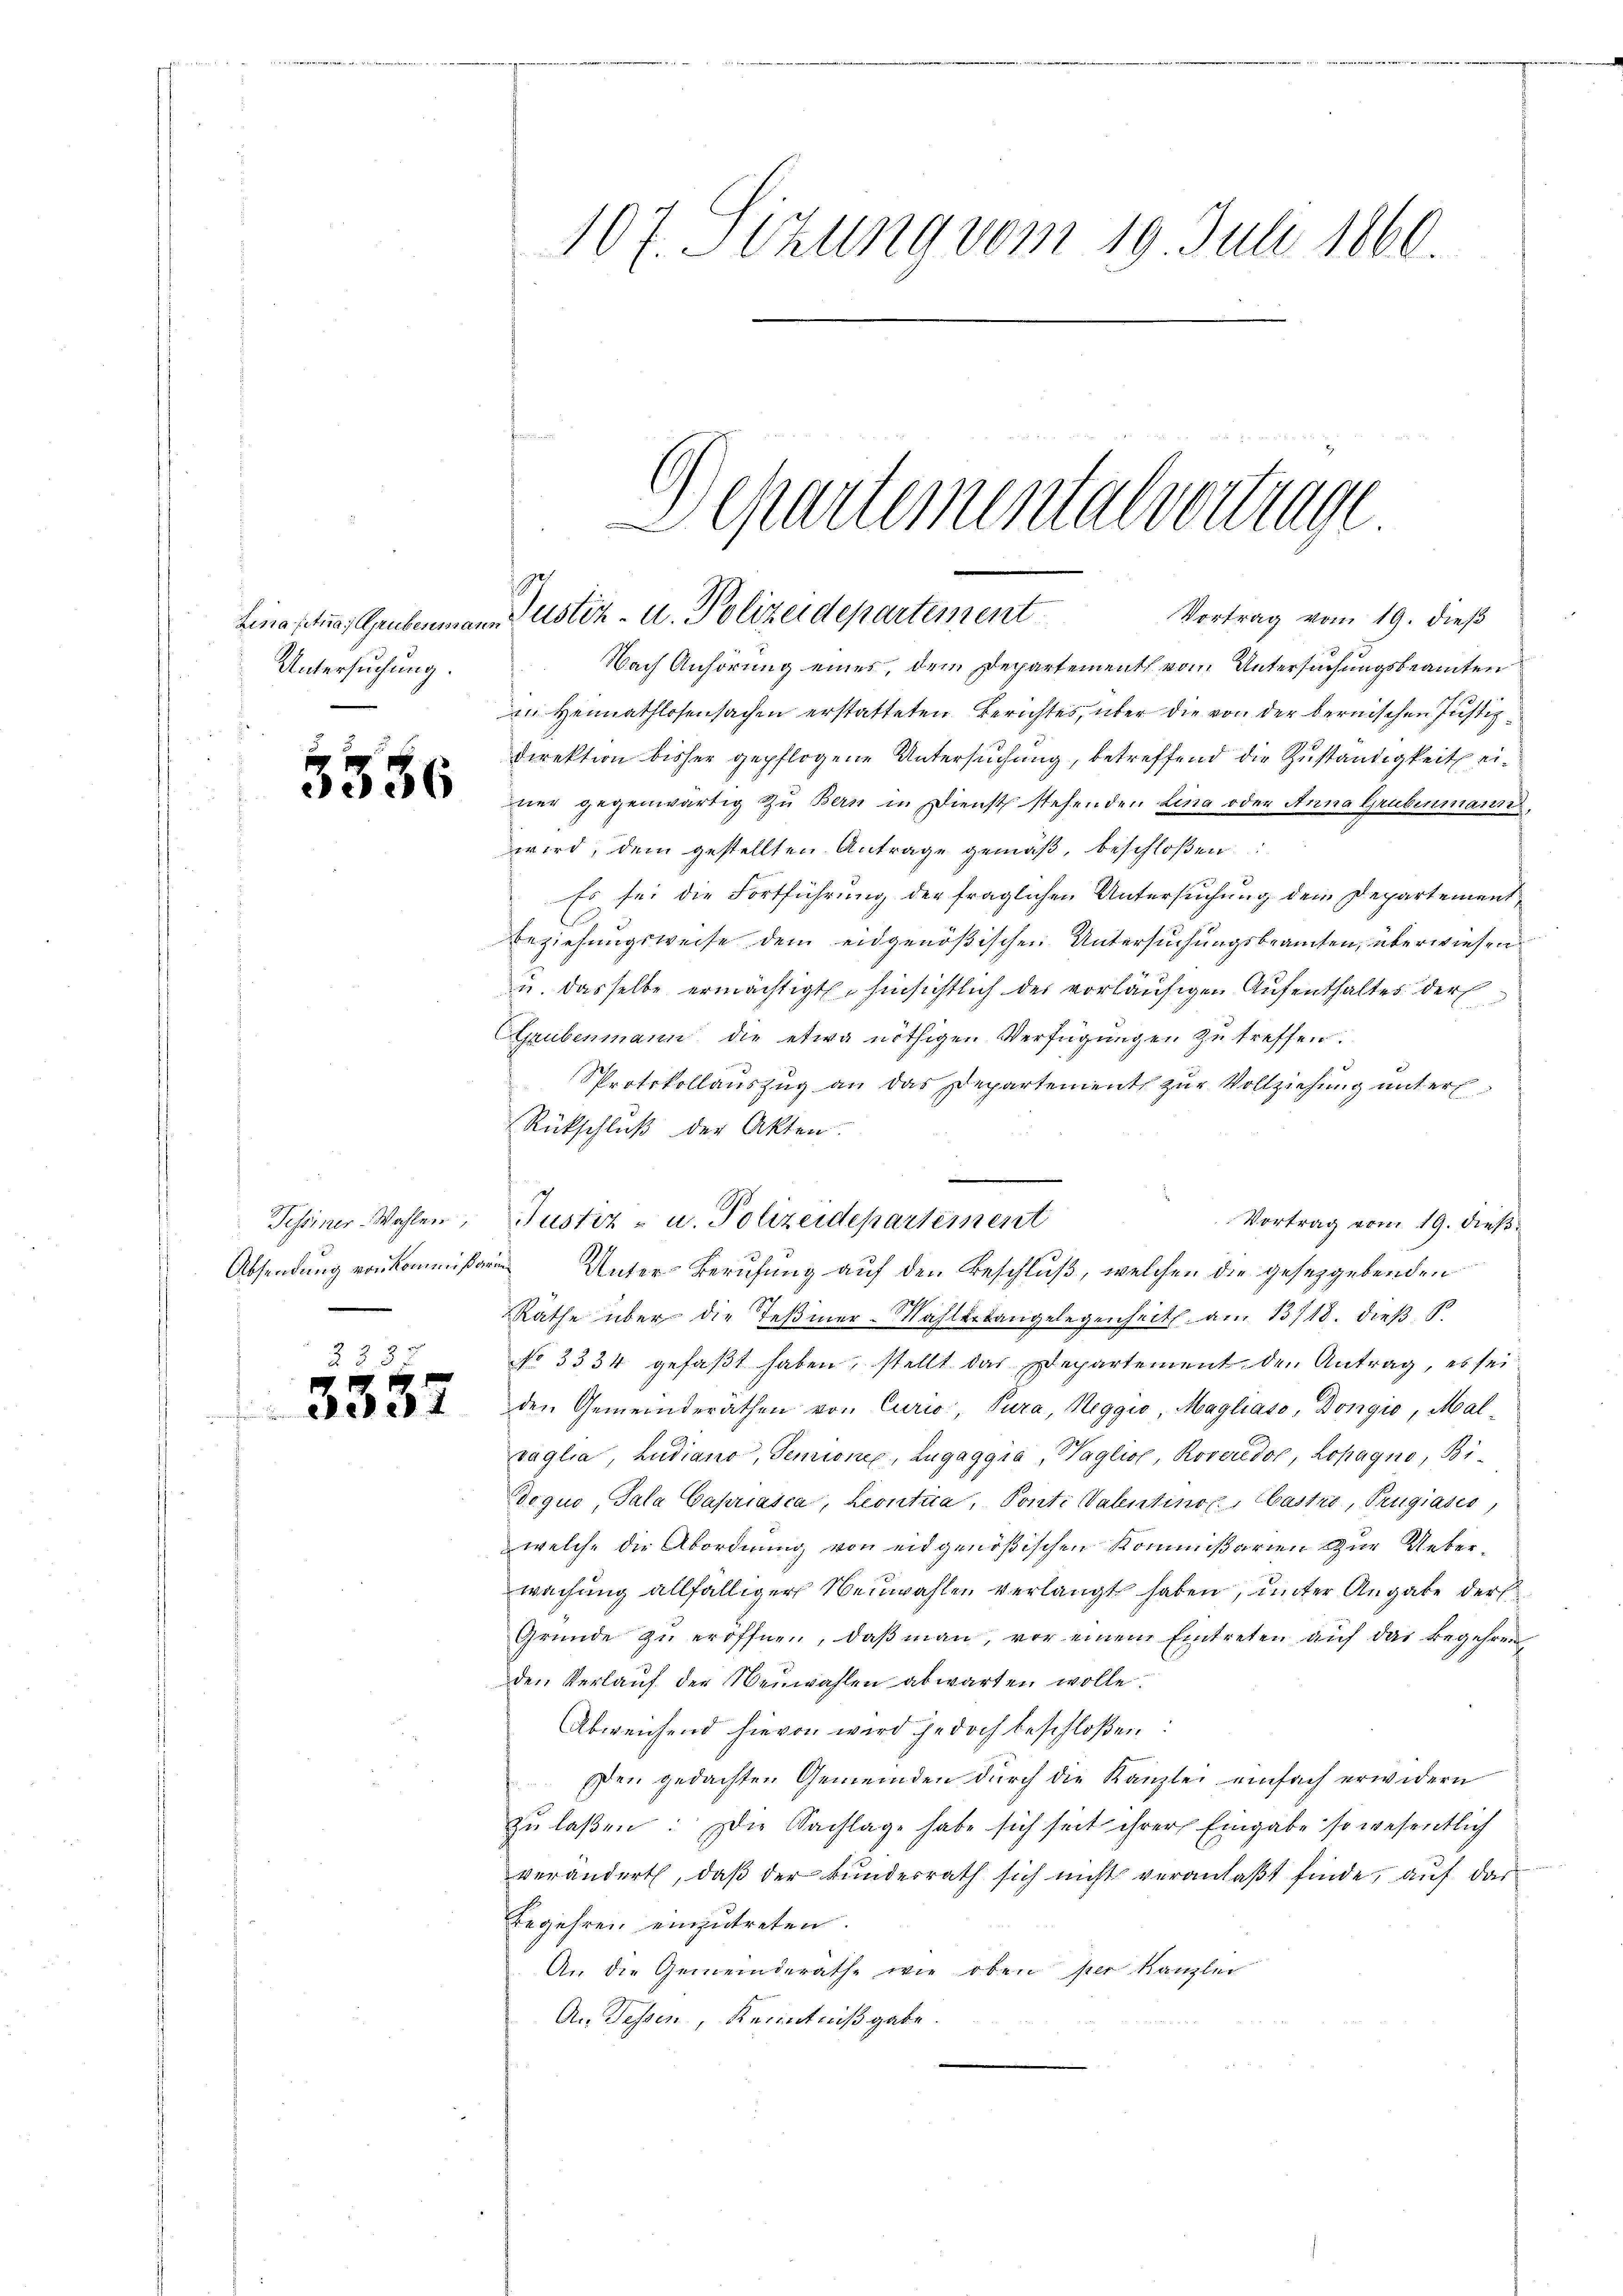
Untersuchung.

535

6

Tessiner Wahlen,

1
3087

Vortrag vom 19. dieß
Nach Anhörung eines, dem Departement vom Untersuchungsbeamten
in Heimathlosensachen erstatteten Berichtes, über die von der bernischen Justizdirektion bisher gepflogene Untersuchung, betreffend die Zuständigkeit einer gegenwärtig zu Bern in Dienst stehenden Lina oder Anna Grubenmann,
wird, dem gestellten Antrage gemäß, beschloßen:
Es sei die Fortführung der fraglichen Untersuchung dem Departement
Beziehungsweise dem eidgenößischen Untersuchungsbeamten, überwiesen
u. dasselbe ermächtigt. hinsichtlich des vorläufigen Aufenthaltes der
CGrubenmann die etwa nöthigen Verfügŭngen zŭ treffen.
Sprotokollauszug an das Departements zur Vollziehung unterl
Rückschluß der Akten.
Vortrag vom 19. dieß.
Justiz- u. Polizeidepartement
Absendung von kommißarin Unter-Berufung auf den Beschluß, welchen die gesetzgebenden
Rathe über die Teβmer-Mahlgetangelegenheit am 13/18. dieß S
No 3334 gefaβt haben, stellt das Departement den Antrag, es sei
den Gemeinderäthen von Curio, Pura, Heggio, Magliaso, Dongio, Mal-
raglia, Ludiano, Semine, Lugaggia, Waglich, Roveridor, Lopagno, Bi¬
Doquo, Sala Capriasca, Leontica, Ponti Valentinox Castro, Prugiases,
welche die Abordnung von eidgenößischen Kommißarien zur Ueberwachung allfälliger Neuwahlen verlangt haben, unter Angabe der
Gründe zŭ eröffnen, daβ man, vor einem Eintreten auf das Begehren
den Verlaŭf der Neuwahlen abwarten wolle.
Abweichend hievon wird jedoch beschloßen:
Ien gedachten Gemeinden durch die Kanzlei einfach erwidern
zŭ laßen: Die Nachlage habe sich seit ihrer Eingabe so wesentlich
verändert, daß der Bunderrath sich nicht veranlaßt finde, auf das
Begehren einzutreten.
An die Gemeinderathe wie oben per Kanzlei
An Tessen, Kenntnißgabe.

107. Sizung vom 19. Juli 1860

Linactua, Grubenmann Justiz- u. Polizeidepartement

Departementalvertrage